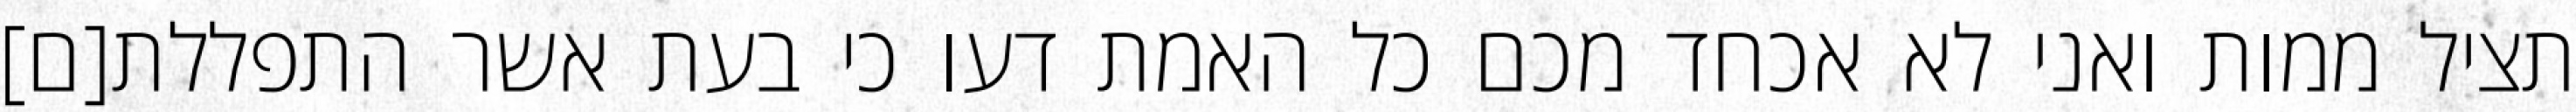
תציל ממות ואני לא אכחד מכם כל האמת דעו כי בעת אשר התפללת[ם]